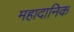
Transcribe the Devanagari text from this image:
महादानिक